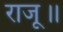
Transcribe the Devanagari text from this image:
राजू॥